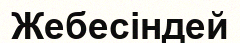
Жебесіндей